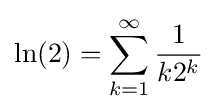
\ln(2)=\sum _{k=1}^{\infty }{\frac {1}{k2^{k}}}